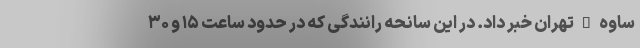
ساوه _ تهران خبر داد. در این سانحه رانندگی که در حدود ساعت ۱۵ و ۳۰